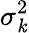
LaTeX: \sigma_{\mathit{k}}^{2}